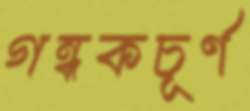
গন্ধকচূর্ণ